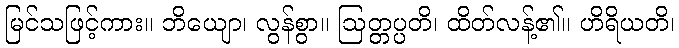
မြင်သဖြင့်ကား။ ဘိယျော၊ လွန်စွာ။ ဩတ္တပ္ပတိ၊ ထိတ်လန့်၏။ ဟိရိယတိ၊